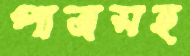
পাত্রসহ